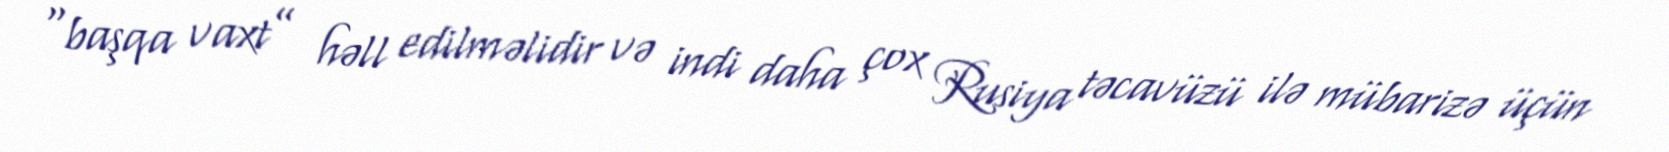
“başqa vaxt” həll edilməlidir və indi daha çox Rusiya təcavüzü ilə mübarizə üçün